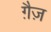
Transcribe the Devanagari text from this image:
ग़ैज़